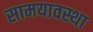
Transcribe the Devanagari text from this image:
सामयावस्था